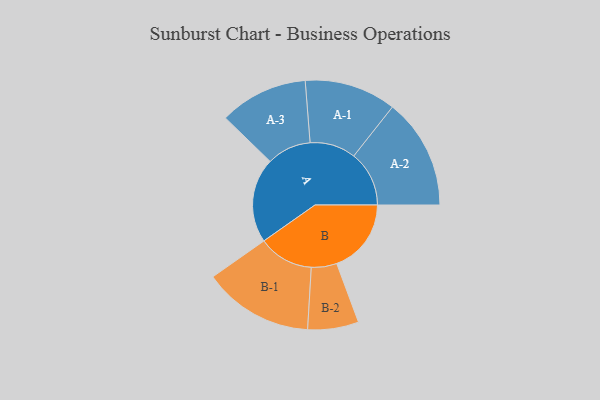
{"axis": {"x": "Segment", "y": "Value"}, "legend": ["", "A", "B"], "data": [{"x": "A", "y": 420, "type": ""}, {"x": "B", "y": 369, "type": ""}, {"x": "A-1", "y": 227, "type": "A"}, {"x": "A-2", "y": 274, "type": "A"}, {"x": "A-3", "y": 219, "type": "A"}, {"x": "B-1", "y": 273, "type": "B"}, {"x": "B-2", "y": 126, "type": "B"}]}